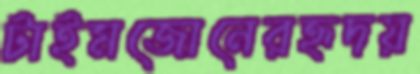
টাইমজোনেরহৃদয়